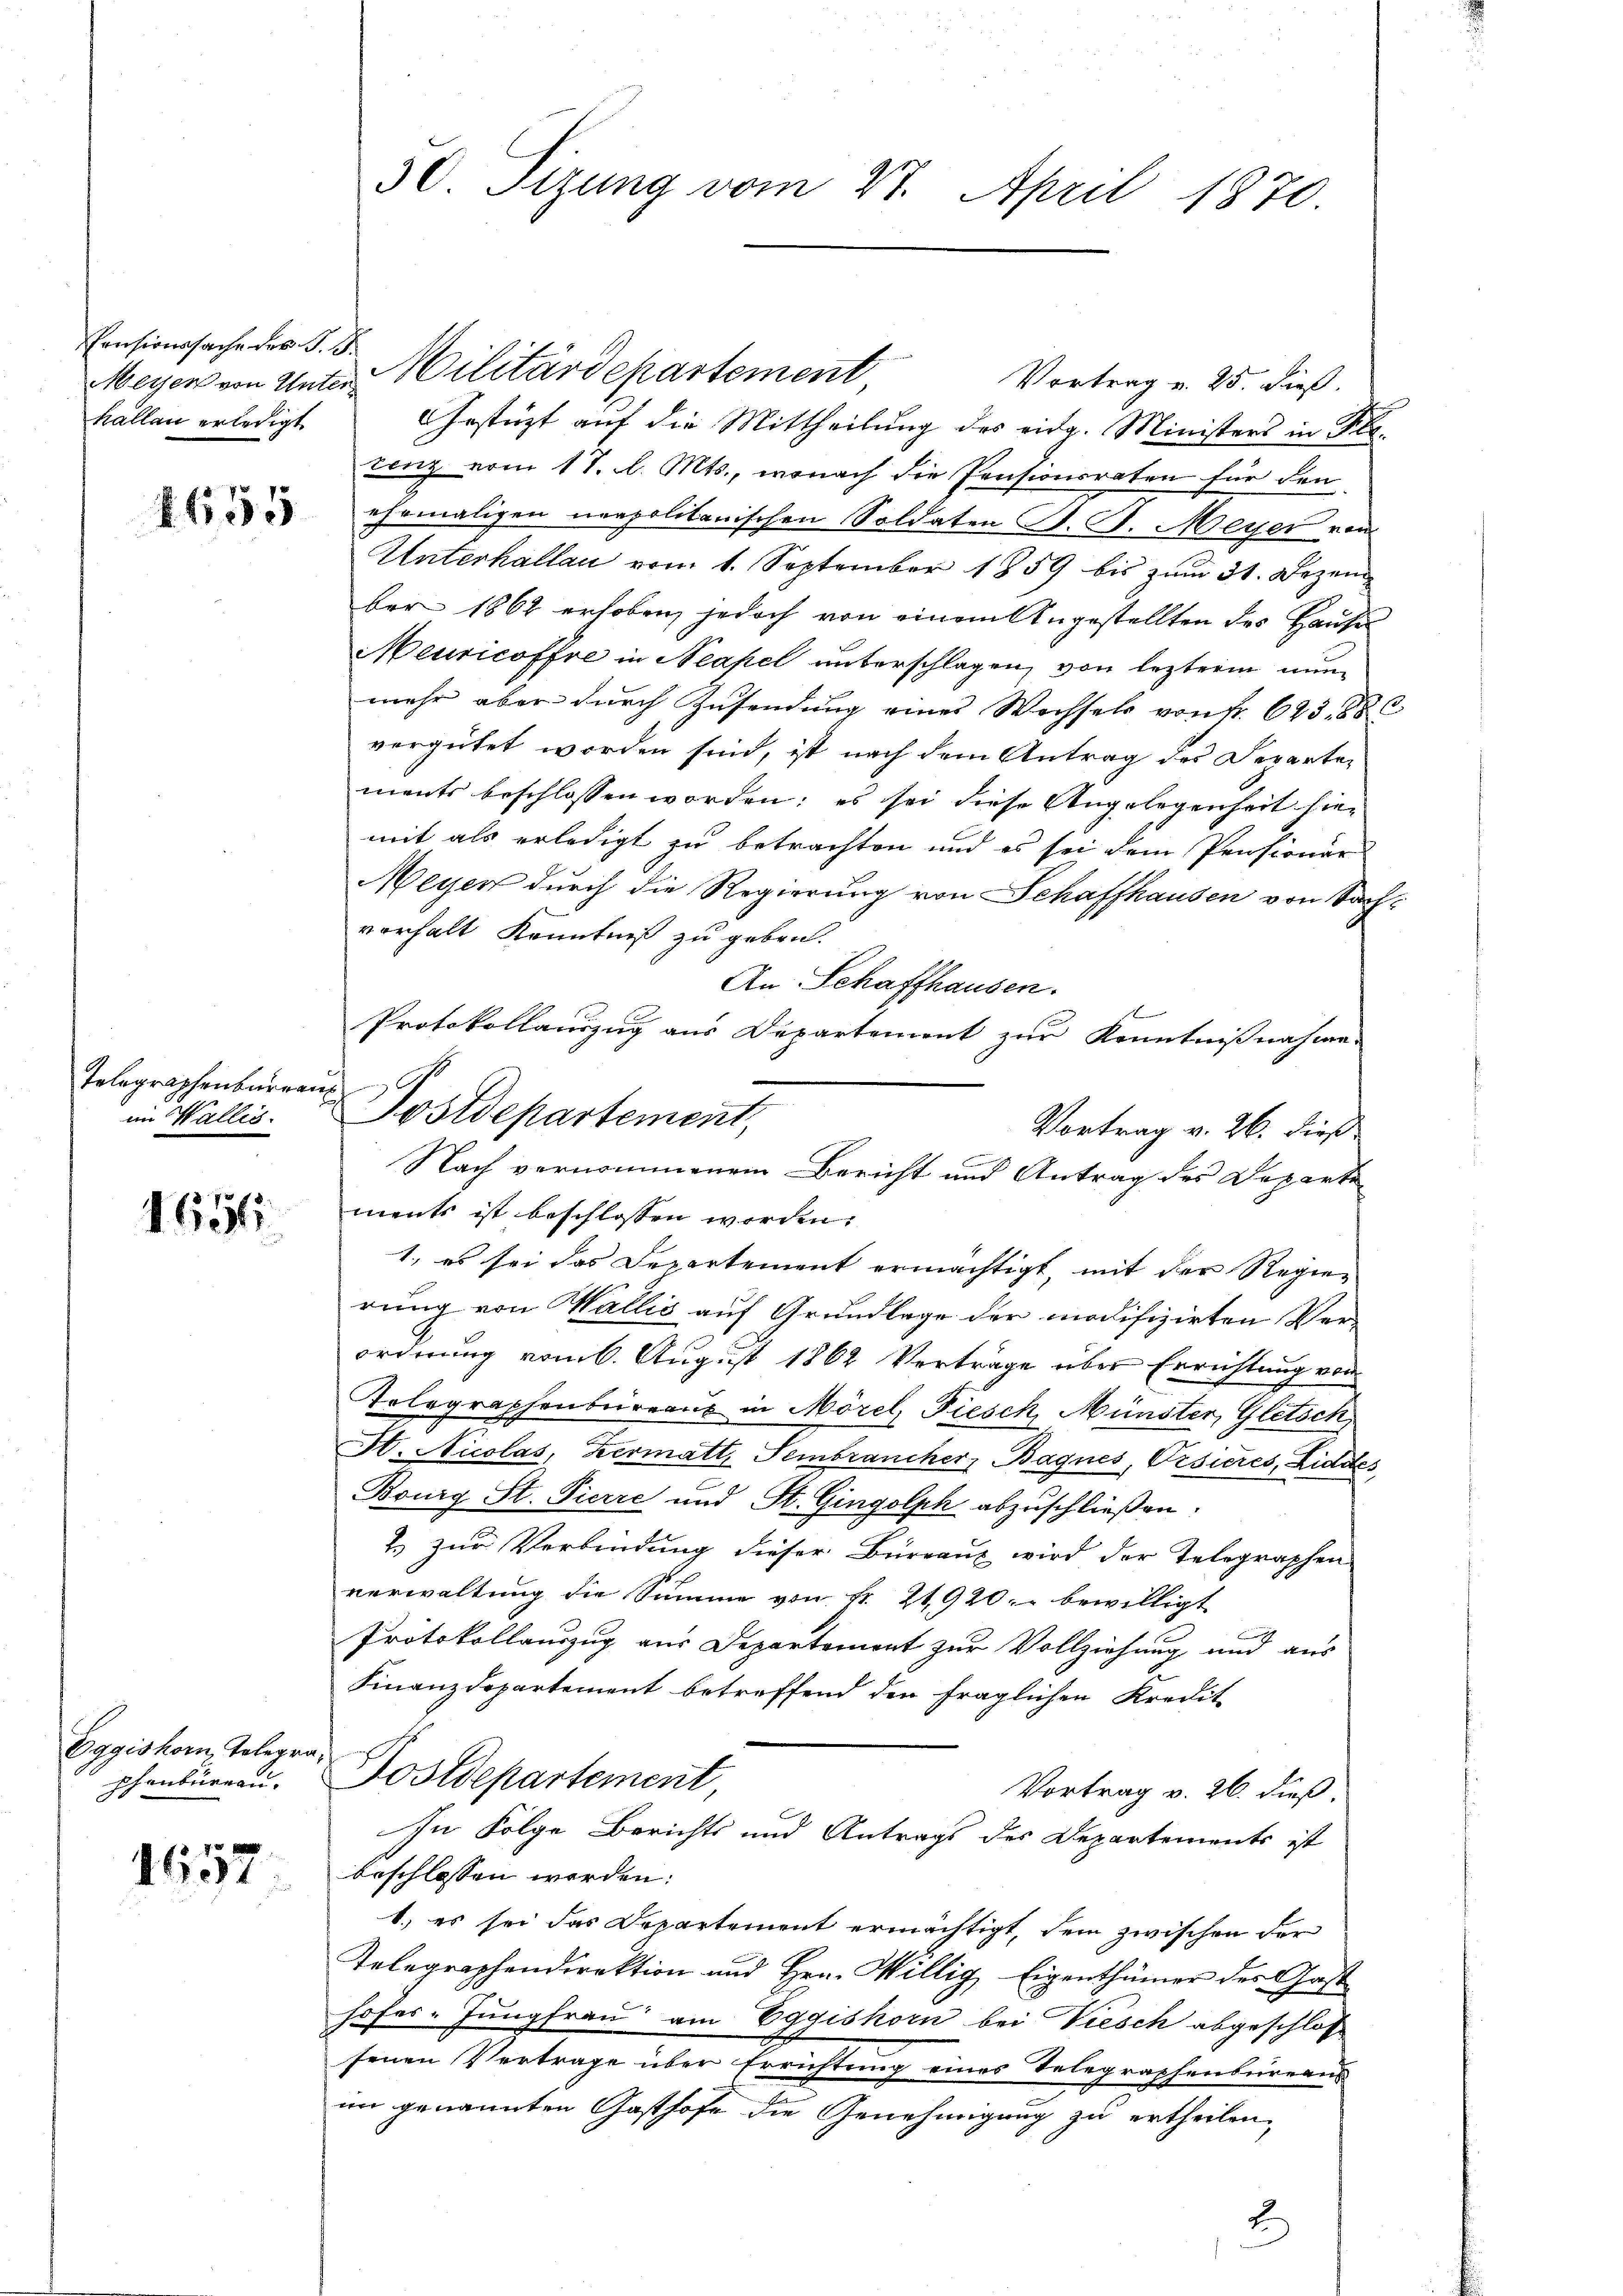
Pensionssache des G. B.
källen erledigt

655

Telographenbureau
im Wallis.

1656

Eggishorn, Telegraphenbüreau. |

1657.

30. Sizung vom 27. April 1870

Meyer von Unter Militärdepartement
Vortrag u. 25. dieß.
Gestützt auf die Mittheilung des eidg. Ministers in Fl.
Lenz vom 17. d. Mts., wonach die Pensionsraten für den
ehemaligen neapolitanischen Soldaten J. J. Meyer von
Unterhallau vom 1. September 1859 bis zum 31. Dezember 1862 erhoben, jedoch von einem Angestellten des Hause
Meuricoffre in Neapel aberschlagen, von leztere nunmehr aber durch Zusendung eines Wechsels von Fr. 625,88
vergütet worden sind, ist nach dem Antrag des Departements beschlossen worden; es sei diese Angelegenheit hiemit als erledigt zu betrachten und es sei dem Pensionär
Meyer durch die Regierung von Schaffhausen von Sachvorhalt Kenntniß zu geben.
An Schaffhausen.
Vortrag v. 26. dieß
ments ist beschlossen worden.
1., es sei das Departement ermächtigt, mit der Regierung von Wallis auf Grundlage der modifizirten Verordnung vom 6. August 1862 Verträge über Errichtung von
Kolegraphenbureaus in Morel, Fiesch Münster, Gletsch
St. Nicolas, Hermatt, Sembrancher Bagnes, Pisieres, Liddes
Bourg St. Pierre und St. Gingolph abzuschließen.
2 zur Verbindung dieser Burraus wird der Telegraphen
verwaltung die Summe von Fr. 21920 bewilligt
Protokollauszug aus Departement zur Vollziehung und aus
Finanzdepartement betreffend den fraglichen Kredit-
Fostdepartement
Vortrag v. 26. dieß.
In Folge Berichts und Antrags des Departements ist
beschlossen werden:
1.) es sei das Departement ermächtigt, dem zwischen der
Telegraphendirektion und Hrn. Willig Eigenthümer der Gast
hofes-Jungfrau am Eggishorn bei Viesch abgeschlos
E
senen Vertrage über Errichtung eines Telegraphenbüreaus
im genannten Gasthofe die Genehmigung zu ertheilen,
2

Protokollauszug aus Departement zur Kenntnißnahme
Postdepartement,
Nach vernommenem Bericht und Antrag des Departe